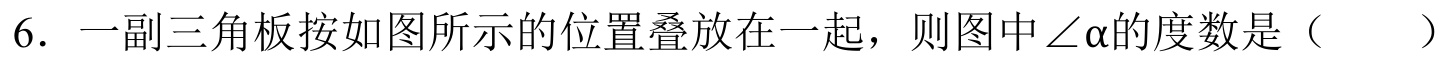
6. 一副三角板按如图所示的位置叠放在一起，则图中\(\angle\alpha\)的度数是（  ）